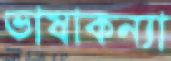
ভাষাকন্যা